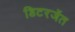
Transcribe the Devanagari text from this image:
डिटरजेंत